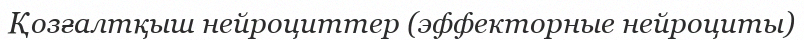
Қозғалтқыш нейроциттер (эффекторные нейроциты)